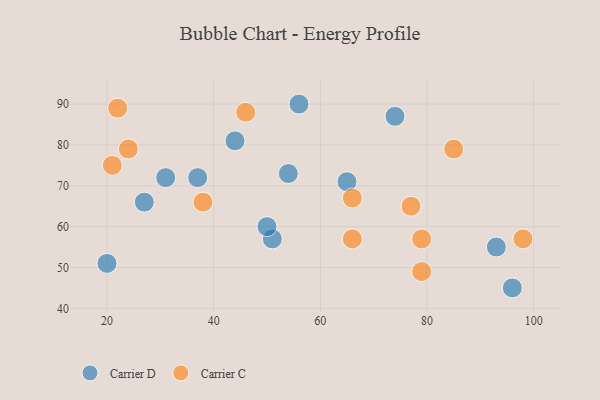
{"axis": {"x": "GDP", "y": "Life Expectancy"}, "legend": ["Carrier C", "Carrier D"], "data": [{"x": "54", "y": 73, "type": "Carrier D"}, {"x": "74", "y": 87, "type": "Carrier D"}, {"x": "31", "y": 72, "type": "Carrier D"}, {"x": "93", "y": 55, "type": "Carrier D"}, {"x": "20", "y": 51, "type": "Carrier D"}, {"x": "51", "y": 57, "type": "Carrier D"}, {"x": "96", "y": 45, "type": "Carrier D"}, {"x": "27", "y": 66, "type": "Carrier D"}, {"x": "65", "y": 71, "type": "Carrier D"}, {"x": "56", "y": 90, "type": "Carrier D"}, {"x": "37", "y": 72, "type": "Carrier D"}, {"x": "44", "y": 81, "type": "Carrier D"}, {"x": "50", "y": 60, "type": "Carrier D"}, {"x": "98", "y": 57, "type": "Carrier C"}, {"x": "24", "y": 79, "type": "Carrier C"}, {"x": "66", "y": 57, "type": "Carrier C"}, {"x": "22", "y": 89, "type": "Carrier C"}, {"x": "85", "y": 79, "type": "Carrier C"}, {"x": "21", "y": 75, "type": "Carrier C"}, {"x": "66", "y": 67, "type": "Carrier C"}, {"x": "38", "y": 66, "type": "Carrier C"}, {"x": "79", "y": 49, "type": "Carrier C"}, {"x": "79", "y": 57, "type": "Carrier C"}, {"x": "46", "y": 88, "type": "Carrier C"}, {"x": "77", "y": 65, "type": "Carrier C"}]}